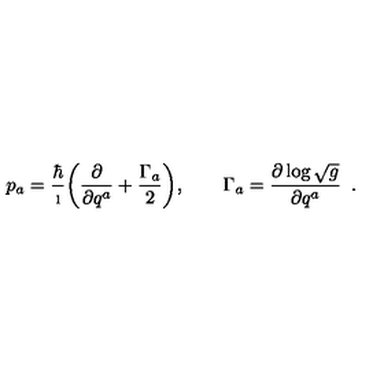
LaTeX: p _ { a } = { \frac { \hbar } { \i } } \bigg ( { \frac { \partial } { \partial q ^ { a } } } + { \frac { \Gamma _ { a } } { 2 } } \bigg ) , \qquad \Gamma _ { a } = { \frac { \partial \log \sqrt { g } } { \partial q ^ { a } } } \enspace .